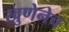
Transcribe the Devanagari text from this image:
खुणेनेच